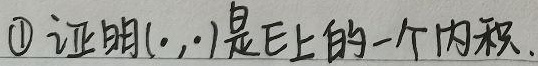
\textcircled{1} 证明 $(\cdot,\cdot)$ 是 $\mathbb{E}$ 上的一个内积.